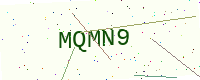
Text: MQMN9